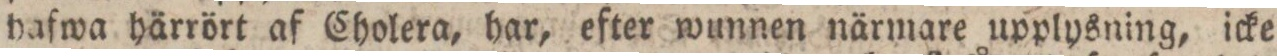
hafwa härrört af Cholera, har, efter wunnen närmare upplysning, icke